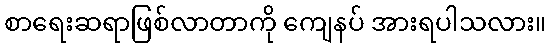
စာရေးဆရာဖြစ်လာတာကို ကျေနပ် အားရပါသလား။